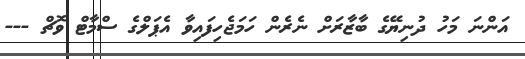
އަންނަ މަހު ދުނިޔޭގެ ބާޒާރަށް ނެރެން ހަމަޖެހިފައިވާ އެޕަލްގެ ސްމާޓް ވޮޗް ---